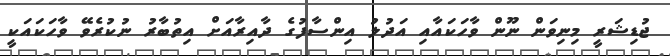
ޖުޑިޝަރީ މިނިވަން ނޫން ވާހަކައާއި އަދުލު އިންސާފުގެ ދާއިރާއަށް އިތުބާރު ނުކުރެވޭ ވާހަކައަކީ